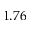
1 . 7 6